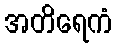
အတိရေကံ